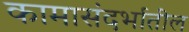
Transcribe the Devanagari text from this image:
कामासंदर्भातील